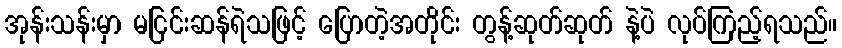
အုန်းသန်းမှာ မငြင်းဆန်ရဲသဖြင့် ပြောတဲ့အတိုင်း တွန့်ဆုတ်ဆုတ် နဲ့ပဲ လုပ်ကြည့်ရသည်။